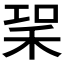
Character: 𥞣